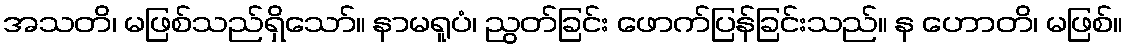
အသတိ၊ မဖြစ်သည်ရှိသော်။ နာမရူပံ၊ ညွတ်ခြင်း ဖောက်ပြန်ခြင်းသည်။ န ဟောတိ၊ မဖြစ်။